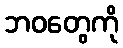
ဘဝတွေကို